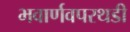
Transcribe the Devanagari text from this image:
भवार्णवपरथडी